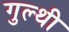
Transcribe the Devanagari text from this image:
गुल्थी